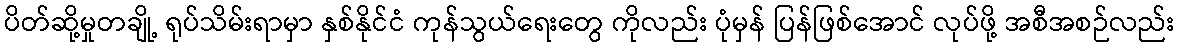
ပိတ်ဆို့မှုတချို့ ရုပ်သိမ်းရာမှာ နှစ်နိုင်ငံ ကုန်သွယ်ရေးတွေ ကိုလည်း ပုံမှန် ပြန်ဖြစ်အောင် လုပ်ဖို့ အစီအစဉ်လည်း